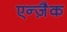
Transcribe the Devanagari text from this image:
एन्ज़ैक